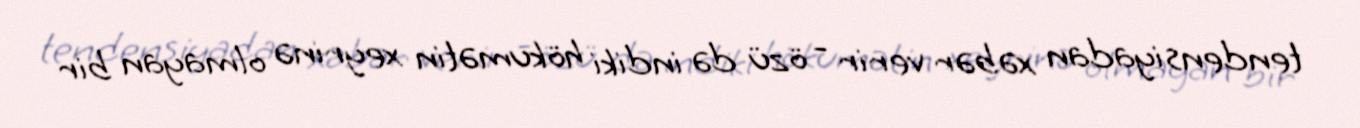
tendensiyadan xəbər verir - özü də indiki hökumətin xeyrinə olmayan bir